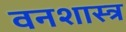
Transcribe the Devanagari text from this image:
वनशास्त्र